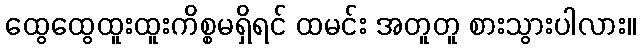
ထွေထွေထူးထူးကိစ္စမရှိရင် ထမင်း အတူတူ စားသွားပါလား။